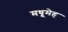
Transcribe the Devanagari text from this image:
मधूमेह